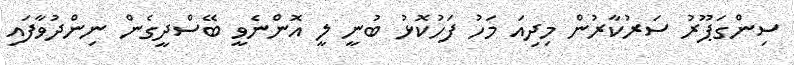
ސިންގަޕޫރު ސަރުކާރުން މިދިއަ މަހު ފަހުކޮޅު ބުނީ ލީ އޮންނެވީ ބޭސްދީގެން ނިންދުވާފައި